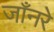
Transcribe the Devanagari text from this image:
जाँनरे